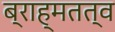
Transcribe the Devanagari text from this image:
ब्राह्मतत्व